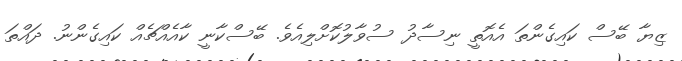
ޒިޔާ ބޭސް ކައިގެންތަ އެއޮތީ ނިސާދު ސުވާލުކޮށްލިއެވެ. ބޭސްކާނީ ކާއެއްޗެއް ކައިގެންނު. ދައްތަ